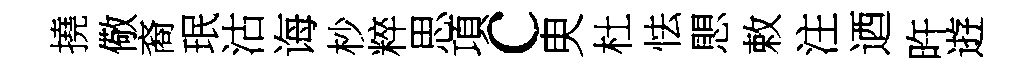
撓儆裔珉沽诲杪粹思項c㬰杜怯愳敕注迺旿逰